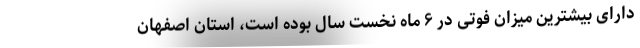
دارای بیشترین میزان فوتی در ۶ ماه نخست سال بوده است، استان اصفهان